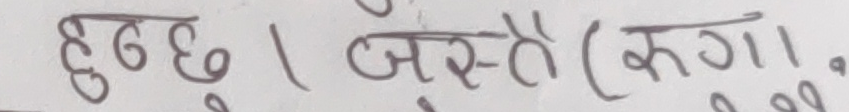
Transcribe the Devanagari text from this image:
हुँछ । जस्तै (रुगा,